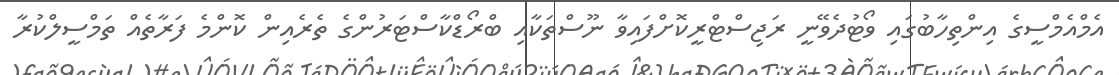
އެމްއެމްސީގެ އިންތިހާބުގައި ވޯޓުދެވޭނީ ރަޖިސްޓްރީކޮށްފައިވާ ނޫސްތަކާއި ބްރޯޑްކާސްޓަރުންގެ ތެރެއިން ކޮންމެ ފަރާތެއް ތަމްސީލްކުރާ